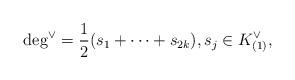
LaTeX: \begin{align*}\deg^\vee = \frac{1}{2}(s_1 + \cdots + s_{2k}),s_j \in K^\vee_{(1)},\end{align*}